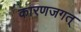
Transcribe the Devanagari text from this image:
कारणजगत्